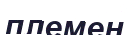
племен